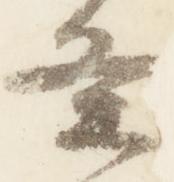
条